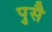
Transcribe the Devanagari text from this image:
पुसै